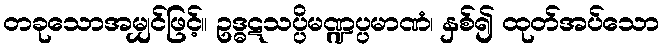
တခုသောအမျှင်ဖြင့်။ ဥဒ္ဓဋသပ္ပိမဏ္ဍပ္ပမာဏံ၊ နှစ်၍ ထုတ်အပ်သော